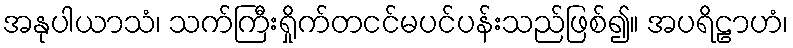
အနုပါယာသံ၊ သက်ကြီးရှိုက်တငင်မပင်ပန်းသည်ဖြစ်၍။ အပရိဠာဟံ၊